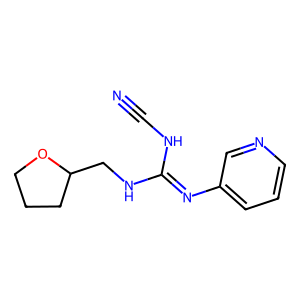
SMILES: N#CNC(=Nc1cccnc1)NCC1CCCO1
Inhibits HIV replication: No